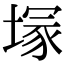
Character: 塜